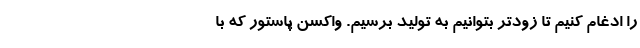
را ادغام کنیم تا زودتر بتوانیم به تولید برسیم. واکسن پاستور که با